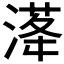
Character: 𣺛